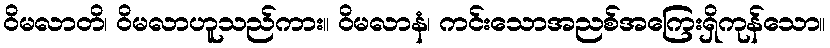
ဝိမလာတိ၊ ဝိမလာဟူသည်ကား။ ဝိမလာနံ၊ ကင်းသောအညစ်အကြေးရှိကုန်သော။